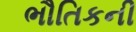
ભૌતિકની